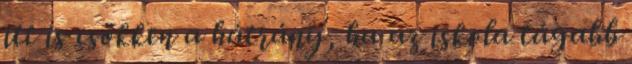
itt is csökken a hátrány, ha az iskola tágabb